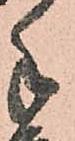
手